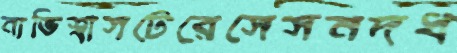
নাভিশ্বাসটেরেসেসনদধ